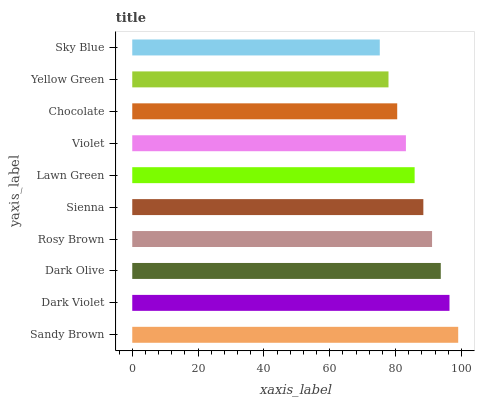
| yaxis_label | bars |
 | --- | --- |
 | Sandy Brown | 99 |
 | Dark Violet | 96.4 |
 | Dark Olive | 93.7 |
 | Rosy Brown | 91.1 |
 | Sienna | 88.4 |
 | Lawn Green | 85.8 |
 | Violet | 83.1 |
 | Chocolate | 80.5 |
 | Yellow Green | 77.8 |
 | Sky Blue | 75.2 |